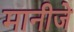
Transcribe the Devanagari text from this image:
मानीजे